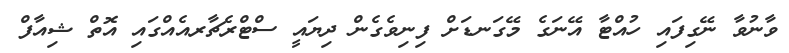
ވާނުވާ ނޭގިފައި ހުއްޓާ އޭނަގެ މޭގަނޑަށް ފިނިވެގެން ދިޔައީ ސްޓްރެޗާރއެއްގައި އޮތް ޝިއާފް